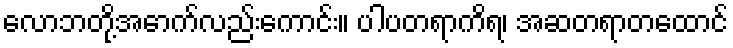
လောဘတို့အောက်လည်းကောင်း။ ပါပတရာကိရ၊ အဆတရာတထောင်